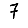
Digit: 7